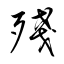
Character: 殘